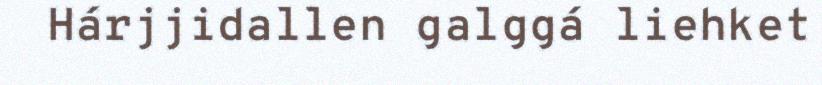
Hárjjidallen galggá liehket